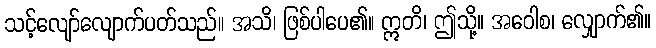
သင့်လျော်လျောက်ပတ်သည်။ အသိ၊ ဖြစ်ပါပေ၏။ ဣတိ၊ ဤသို့။ အဝေါစ၊ လျှောက်၏။